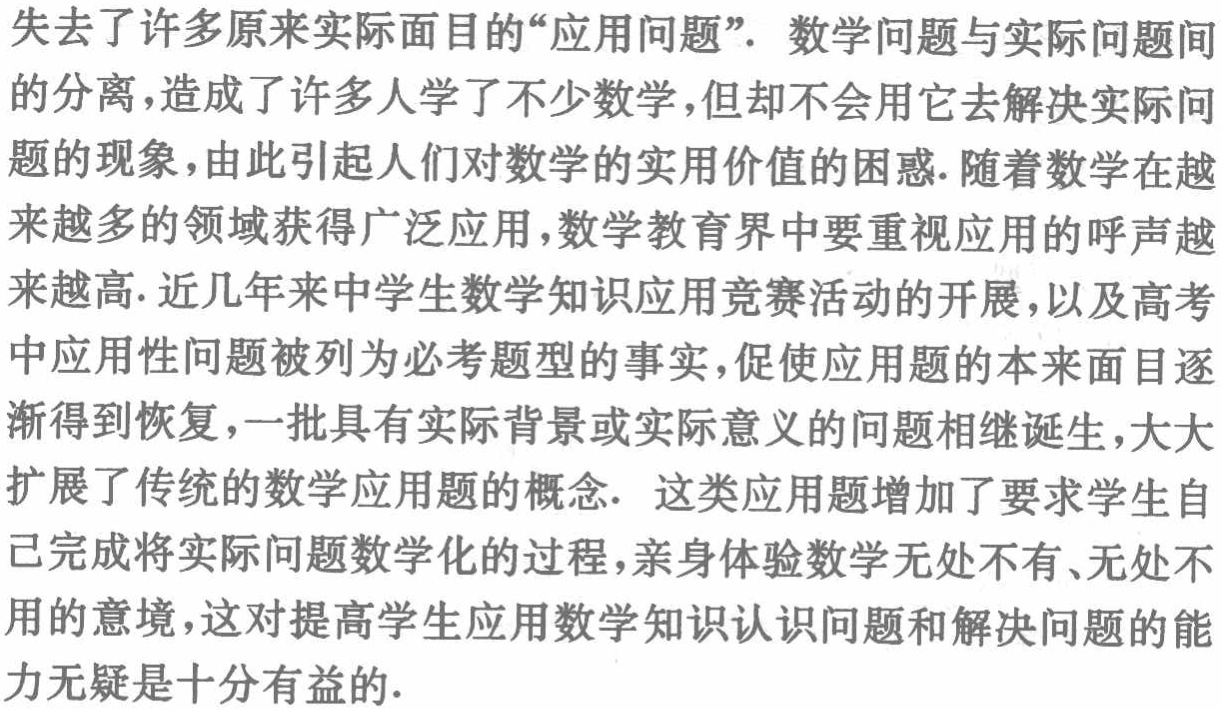
失去了许多原来实际面目的“应用问题”. 数学问题与实际问题间的分离,造成了许多人学了不少数学,但却不会用它去解决实际问题的现象,由此引起人们对数学的实用价值的困惑.随着数学在越来越多的领域获得广泛应用,数学教育界中要重视应用的呼声越来越高.近几年来中学生数学知识应用竞赛活动的开展,以及高考中应用性问题被列为必考题型的事实,促使应用题的本来面目逐渐得到恢复,一批具有实际背景或实际意义的问题相继诞生,大大扩展了传统的数学应用题的概念. 这类应用题增加了要求学生自己完成将实际问题数学化的过程,亲身体验数学无处不有、无处不用的意境,这对提高学生应用数学知识认识问题和解决问题的能力无疑是十分有益的.